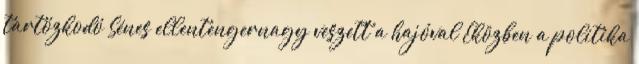
tartózkodó Sénes ellentengernagy veszett a hajóval Eközben a politika